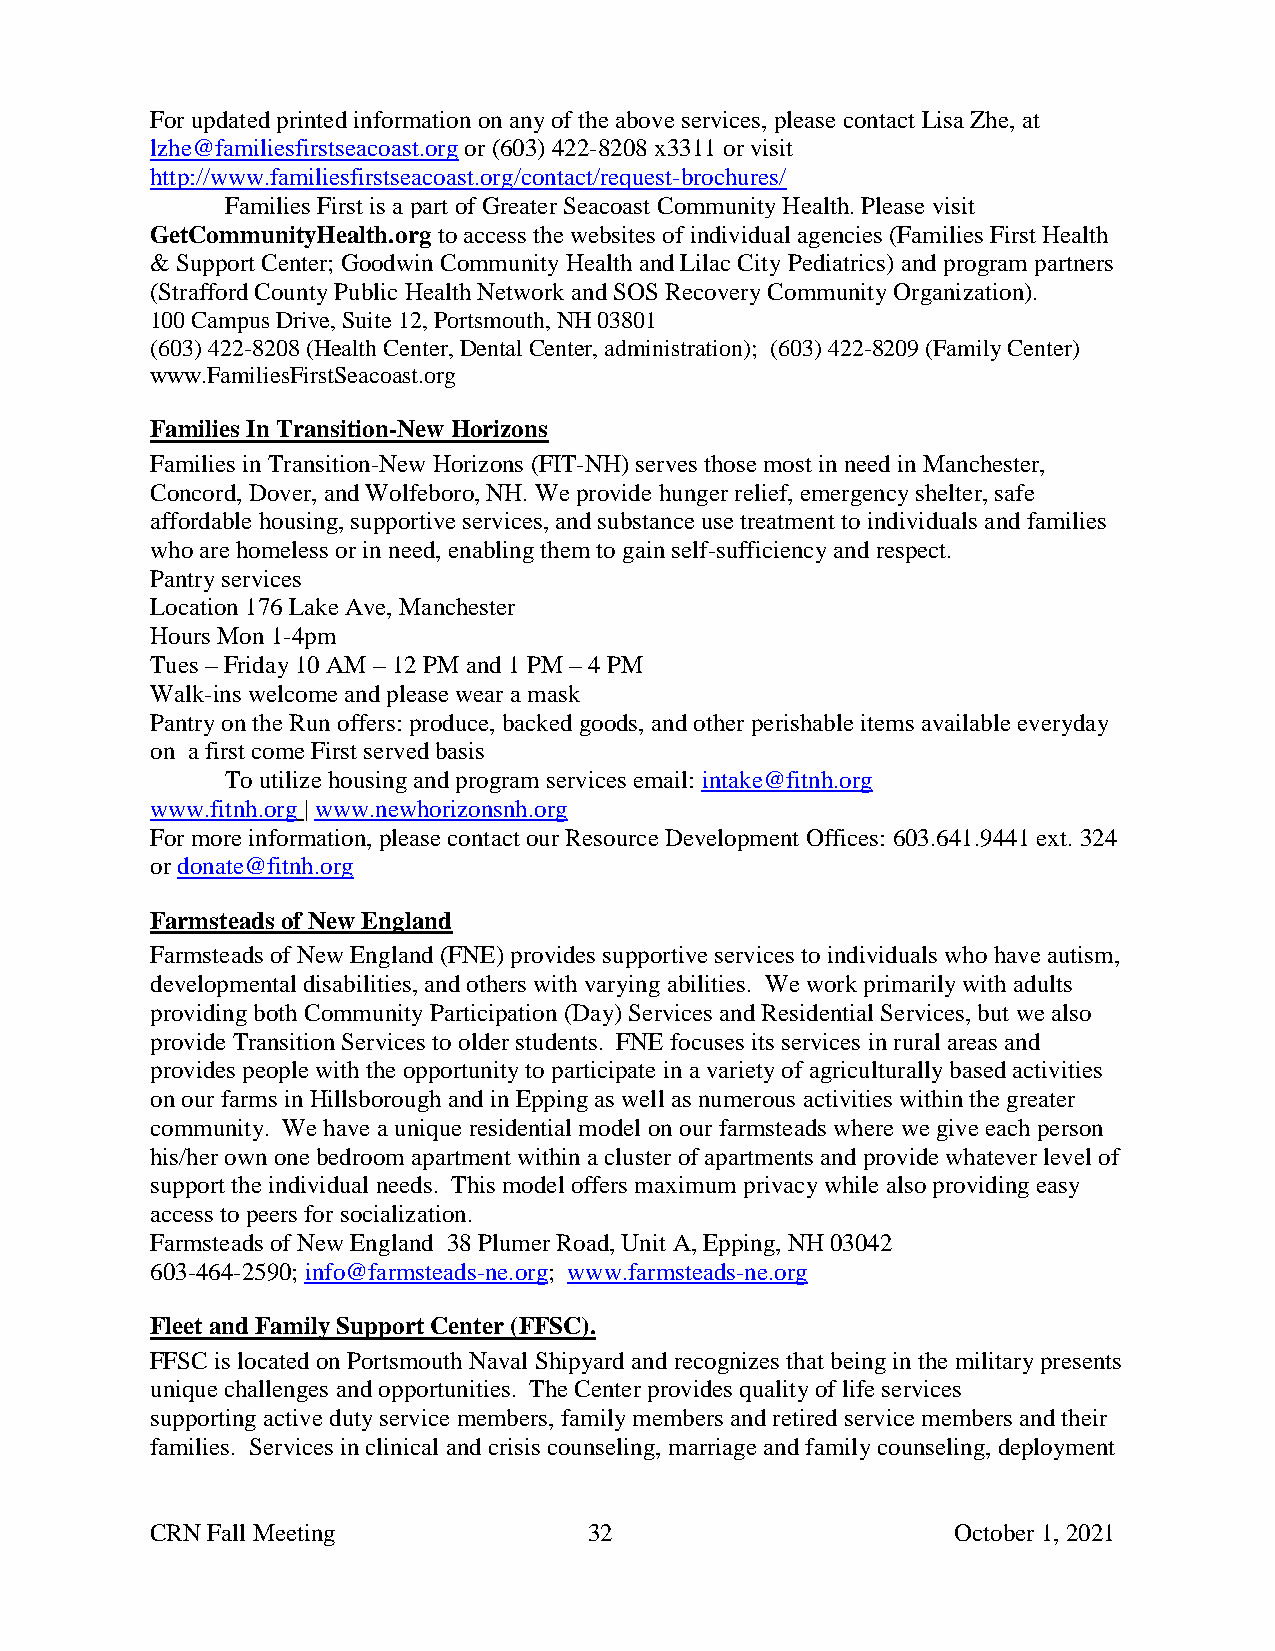
For updated printed information on any of the above services, please contact Lisa Zhe, at
 lzhe@familiesfirstseacoast.org or (603) 422-8208 x3311 or visit
 http://www.familiesfirstseacoast.org/contact/request-brochures/
 Families First is a part of Greater Seacoast Community Health. Please visit
 GetCommunityHealth.org to access the websites of individual agencies (Families First Health
 & Support Center; Goodwin Community Health and Lilac City Pediatrics) and program partners
 (Strafford County Public Health Network and SOS Recovery Community Organization).
 100 Campus Drive, Suite 12, Portsmouth, NH 03801
 (603) 422-8208 (Health Center, Dental Center, administration); (603) 422-8209 (Family Center)
 www.FamiliesFirstSeacoast.org
 Families In Transition-New Horizons
 Families in Transition-New Horizons (FIT-NH) serves those most in need in Manchester,
 Concord, Dover, and Wolfeboro, NH. We provide hunger relief, emergency shelter, safe
 affordable housing, supportive services, and substance use treatment to individuals and families
 who are homeless or in need, enabling them to gain self-sufficiency and respect.
 Pantry services
 Location 176 Lake Ave, Manchester
 Hours Mon 1-4pm
 Tues – Friday 10 AM – 12 PM and 1 PM – 4 PM
 Walk-ins welcome and please wear a mask
 Pantry on the Run offers: produce, backed goods, and other perishable items available everyday
 on a first come First served basis
 To utilize housing and program services email: intake@fitnh.org
 www.fitnh.org | www.newhorizonsnh.org
 For more information, please contact our Resource Development Offices: 603.641.9441 ext. 324
 or donate@fitnh.org
 Farmsteads of New England
 Farmsteads of New England (FNE) provides supportive services to individuals who have autism,
 developmental disabilities, and others with varying abilities. We work primarily with adults
 providing both Community Participation (Day) Services and Residential Services, but we also
 provide Transition Services to older students. FNE focuses its services in rural areas and
 provides people with the opportunity to participate in a variety of agriculturally based activities
 on our farms in Hillsborough and in Epping as well as numerous activities within the greater
 community. We have a unique residential model on our farmsteads where we give each person
 his/her own one bedroom apartment within a cluster of apartments and provide whatever level of
 support the individual needs. This model offers maximum privacy while also providing easy
 access to peers for socialization.
 Farmsteads of New England 38 Plumer Road, Unit A, Epping, NH 03042
 603-464-2590; info@farmsteads-ne.org; www.farmsteads-ne.org
 Fleet and Family Support Center (FFSC).
 FFSC is located on Portsmouth Naval Shipyard and recognizes that being in the military presents
 unique challenges and opportunities. The Center provides quality of life services
 supporting active duty service members, family members and retired service members and their
 families. Services in clinical and crisis counseling, marriage and family counseling, deployment
 CRN Fall Meeting             32                      October 1, 2021